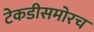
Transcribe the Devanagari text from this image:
टेकडीसमोरच